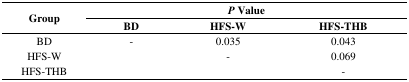
<table><thead><tr><td rowspan="2"><b>Group</b></td><td colspan="3"><b><i>P</i> Value</b></td></tr><tr><td><b>BD</b></td><td><b>HFS-W</b></td><td><b>HFS-THB</b></td></tr></thead><tbody><tr><td>BD</td><td>-</td><td>0.035</td><td>0.043</td></tr><tr><td>HFS-W</td><td></td><td>-</td><td>0.069</td></tr><tr><td>HFS-THB</td><td></td><td></td><td>-</td></tr></tbody></table>